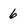
Character: 6